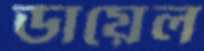
ডায়েল